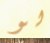
لو